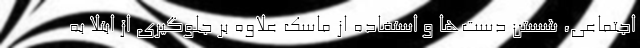
اجتماعی، شستن دست‌ها و استفاده از ماسک علاوه بر جلوگیری از ابتلا به